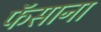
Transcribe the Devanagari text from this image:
फॅसाना